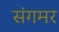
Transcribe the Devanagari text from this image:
संगमर